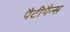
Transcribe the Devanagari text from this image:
पैटीपैन्स